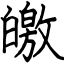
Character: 皦